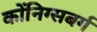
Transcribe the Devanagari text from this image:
कोंनिग्सबर्ग